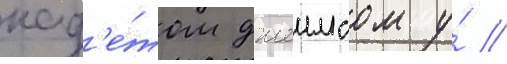
кад'е́том джеимсом у́ //